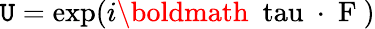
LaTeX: \mathtt{U}=\exp(i\mathrm{{\boldmath~\ tau~\cdot~F~}})